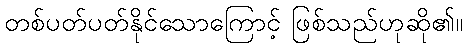
တစ်ပတ်ပတ်နိုင်သောကြောင့် ဖြစ်သည်ဟုဆို၏။